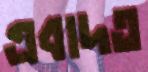
এবাদত